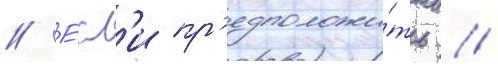
// Е́сл'и пр'едположи́ть /